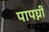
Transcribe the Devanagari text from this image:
पापघ्नीं